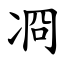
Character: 㓏